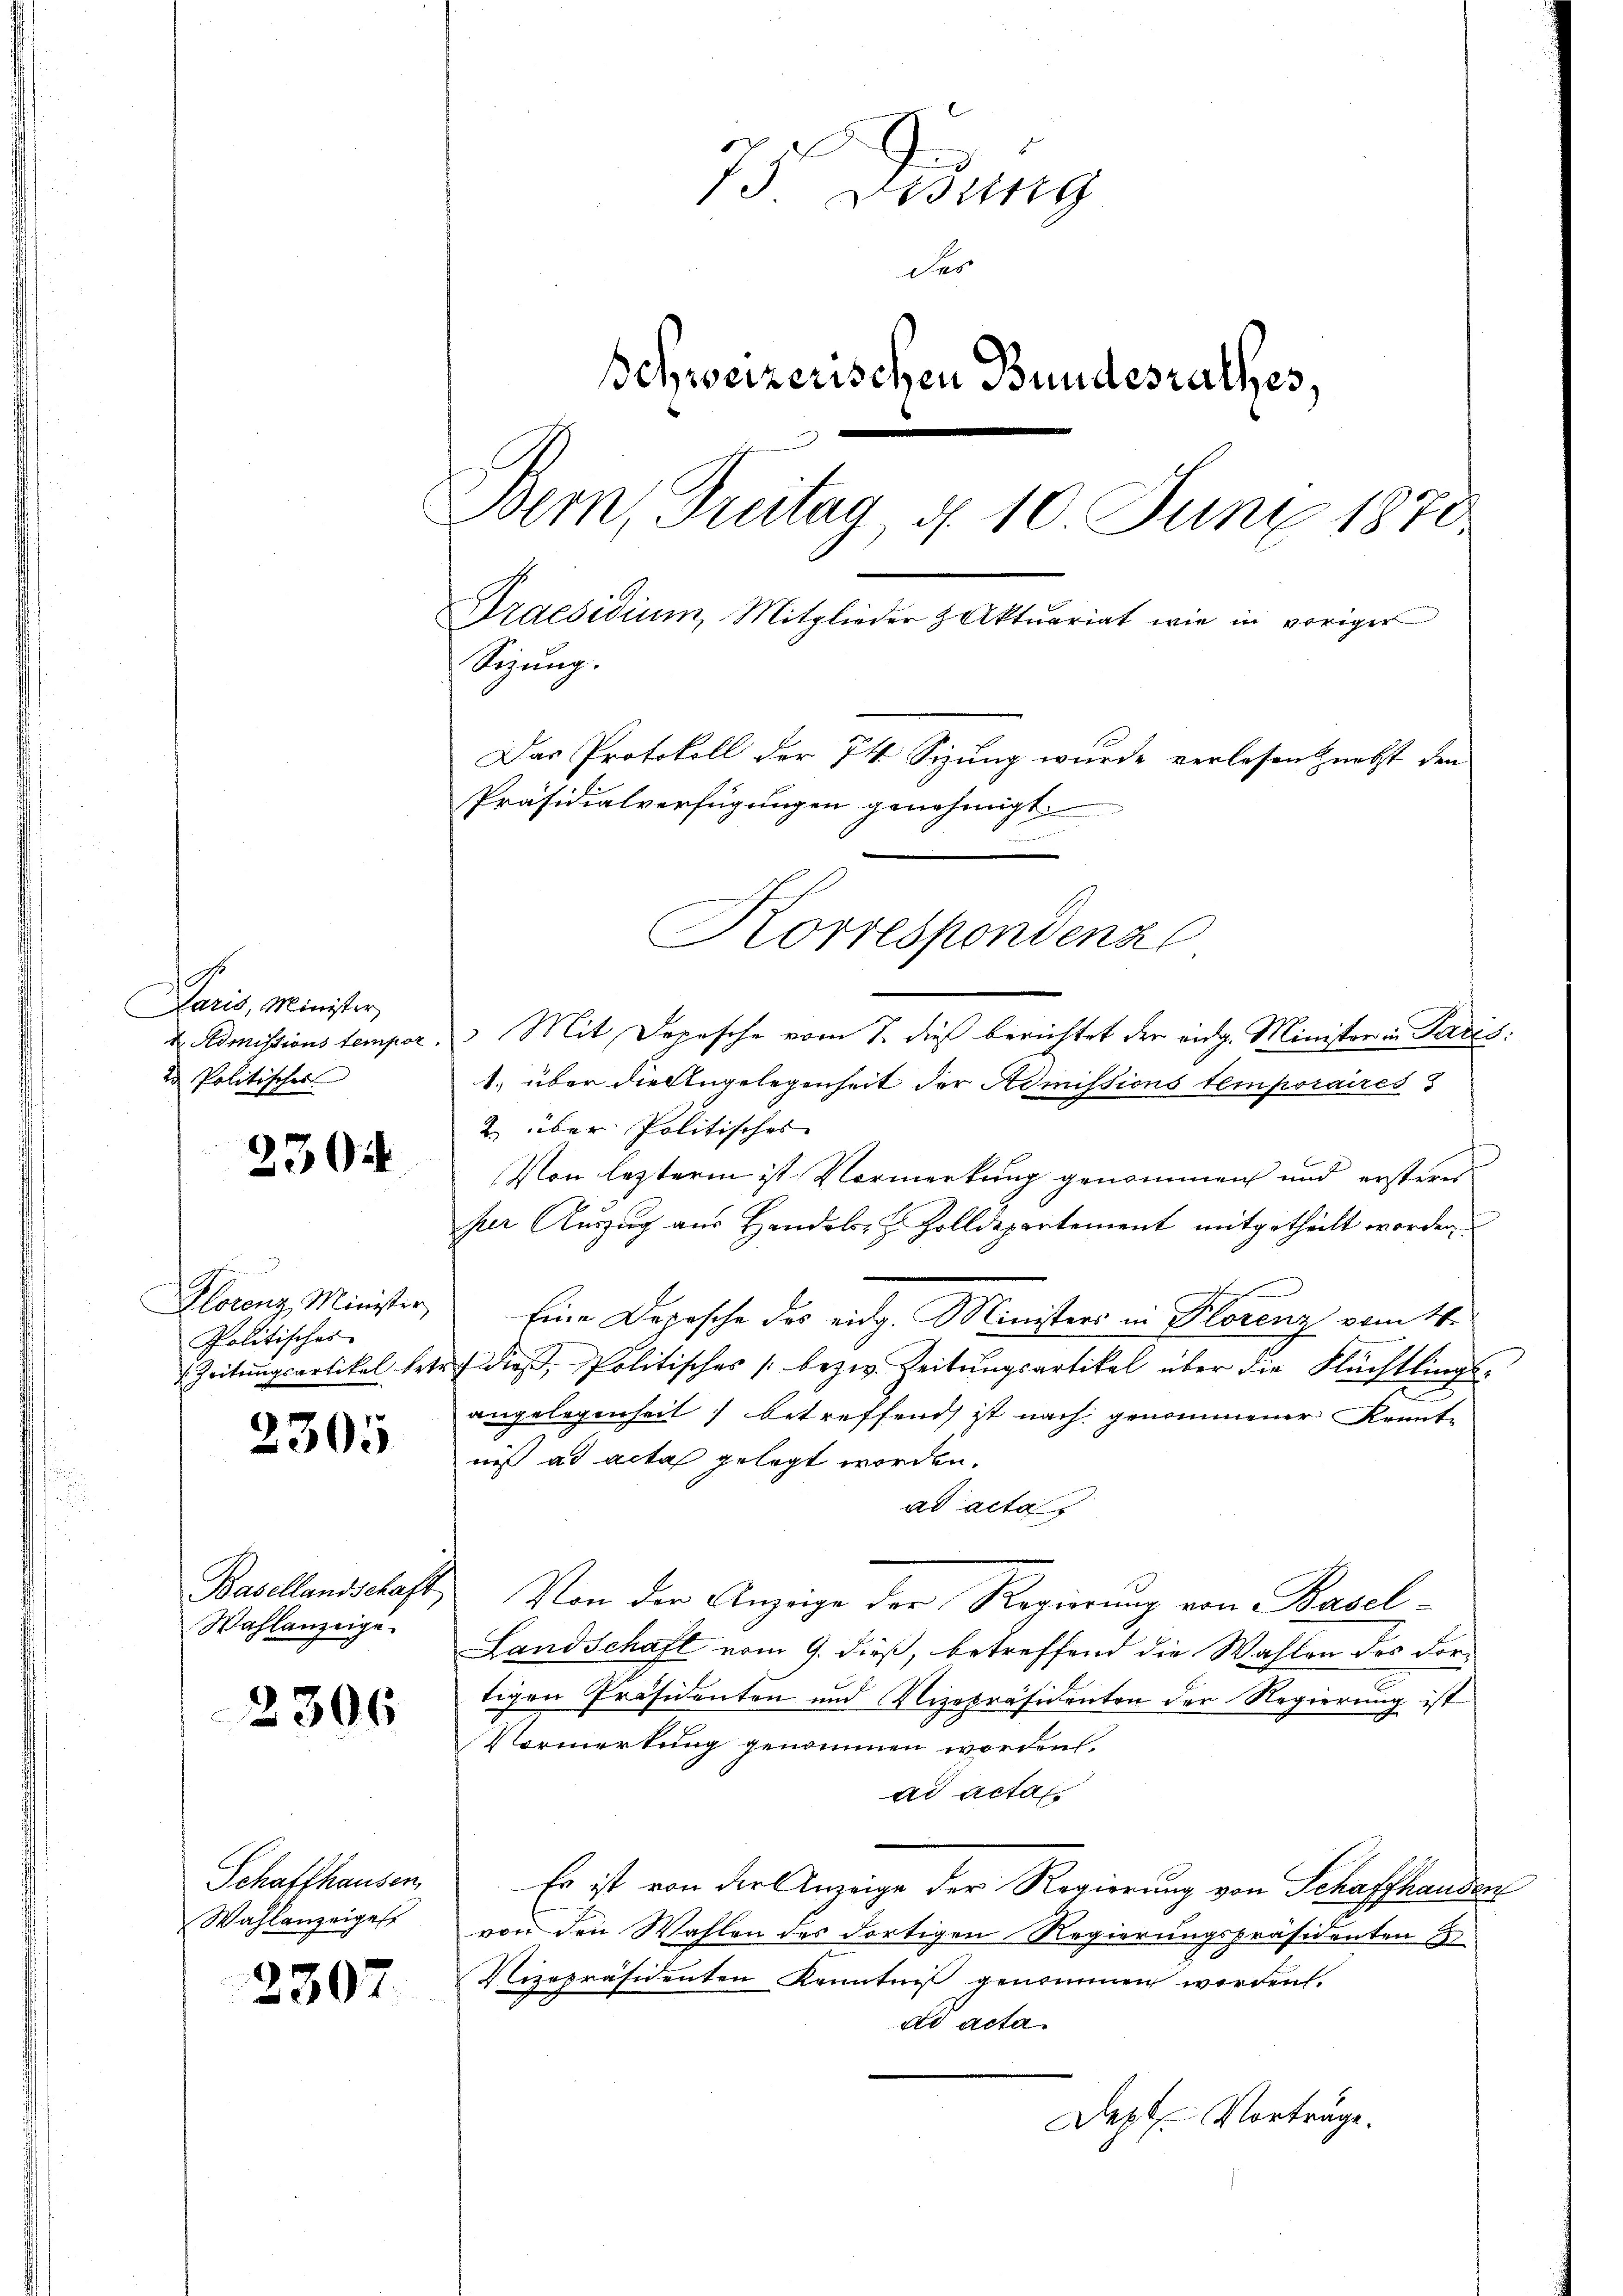
Paris, Minister,
 Admissions tempor
2 Politisches

2304

Klotenz Minister,
Politischer
 Zeitungsartikel bet

2305

Basellandschaft
Wahlanzeige.

2306

Schaffhausen,
Wahlanzeiges

2307

75. Bezug
des
chweizerischen Bundesrathes,
Bern, Guitag d. 10 Juni 1870
Praesidium, Mitglieder & Aktuariat wie in voriger
Sizung.
Das Protokoll der 74 Sizung wurde verlesen nebst den
Präsidialverfügungen genehmigt.
Korrespondenz

Mit Depesche vom 7. dieß berichtet der eidg. Minister in Paris
1. über die Angelegenheit der Komissions temporaires
2. über Politisches
Von lezterm ist Vormerkung genommen und ersteres
per Auszug aus Handels- & Zolldepartement mitgetheilt worden
Eine Depesche des eidg. Ministers in Florenz vom 4.
) dieß, Politisches bezw. Zeitungsartikel über die Flüchtlings-
angelegenheit) betreffend ist nach genommener Kenntniß ad acta gelegt worden.
ad actas
Von der Anzeige der Regierung von Basel¬
Landschaft vom 9. dieß, betreffend die Wahlen des dortigen Präsidenten und Vizepräsidenten der Regierung ist
Vormerkung genommen worden.
ad acta
Es ist von der Anzeige der Regierung von Schaffhausen
von den Wahlen des dortigen Regierungspräsidenten E
Vizepräsidenten Kenntniß genommen worden.
Ad Acta
Dept. Vorträge.
.